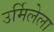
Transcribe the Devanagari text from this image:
उर्मिलेला